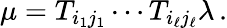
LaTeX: \mu=T_{i_{1}j_{1}}\cdots T_{i_{\ell}j_{\ell}}\lambda\, .